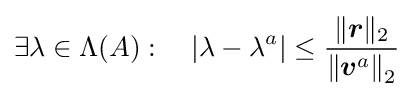
\exists \lambda \in \Lambda (A):\quad \left|\lambda -\lambda ^{a}\right|\leq {\frac {\|{\boldsymbol {r}}\|_{2}}{\left\|{\boldsymbol {v}}^{a}\right\|_{2}}}